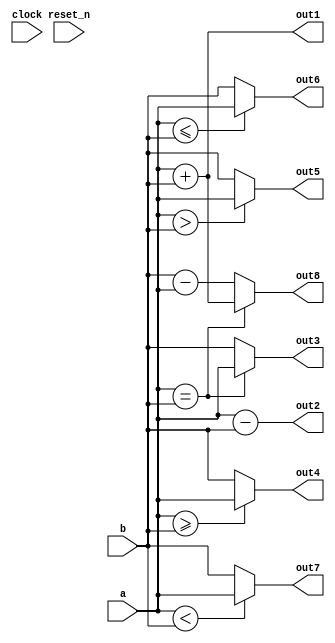
// DEFINES
`define BITS 32         // Bit width of the operands

module 	bm_lpm_all(clock, 
		reset_n, 
		a, 
		b, 
		out1,
		out2,
		out3,
		out4,
		out5,
		out6,
		out7,
		out8,
);

// SIGNAL DECLARATIONS
input	clock;
input 	reset_n;

input [`BITS-1:0] a;
input [`BITS-1:0] b;

output [`BITS-1:0] out1;
output [`BITS-1:0] out2;
output [`BITS-1:0] out3;
output [`BITS-1:0] out4;
output [`BITS-1:0] out5;
output [`BITS-1:0] out6;
output [`BITS-1:0] out7;
output [`BITS-1:0] out8;

wire [`BITS-1:0]    out1;
wire [`BITS-1:0]    out2;
wire [`BITS-1:0]    out3;
wire [`BITS-1:0]    out4;
wire [`BITS-1:0]    out5;
wire [`BITS-1:0]    out6;
wire [`BITS-1:0]    out7;
wire [`BITS-1:0]    out8;

// ASSIGN STATEMENTS
assign out1 = a + b;
assign out2 = a - b;
assign out3 = (a == b) ? a : b;
assign out4 = (a >= b) ? a : b;
assign out5 = (a > b) ? a : b;
assign out6 = (a <= b) ? a : b;
assign out7 = (a < b) ? a : b;
assign out8 = (a == b) ? (a + b) : (b - a);

endmodule